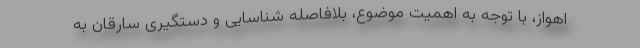
اهواز، با توجه به اهمیت موضوع، بلافاصله شناسایی و دستگیری سارقان به